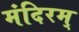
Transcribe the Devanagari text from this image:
मंदिरम्‌